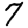
Digit: 7